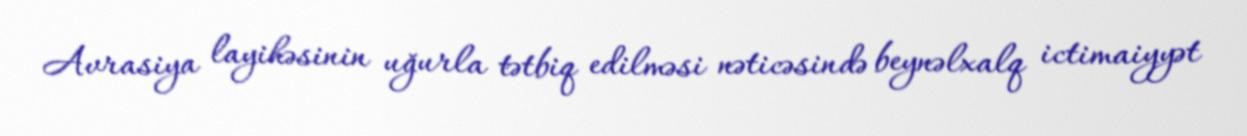
Avrasiya layihəsinin uğurla tətbiq edilməsi nəticəsində beynəlxalq ictimaiyyət